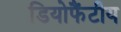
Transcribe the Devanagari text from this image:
डियोफैंटीय